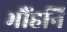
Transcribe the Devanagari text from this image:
भौंहनि